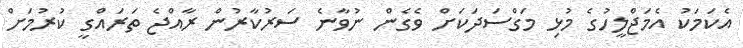
އެކަމަކު އެމަޖްލީހުގެ މުޅި މަގްސަދަކަށް ވެގެން ނުވާނެ ސަރުކާރުން ރާއްޖެ ތަރައްގީ ކުރުުމަށް